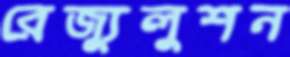
রেজ্যুলুশন